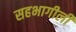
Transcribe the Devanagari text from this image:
सहभागीली